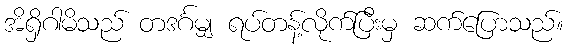
အိရှိဂါမိသည် တဒင်္ဂမျှ ရပ်တန့်လိုက်ပြီးမှ ဆက်ပြောသည်။